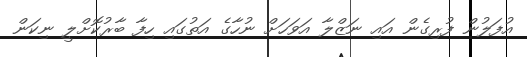
އުފަލުން ފުރިގެން އައި ނަޒްލާ އަވަހަށް ނުހާގެ އަތުގައި ހިފާ ބާރުކޮށްލީ ނިކަން